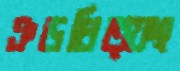
ঞড়ধিত্ফং